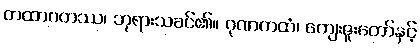
တထာဂတဿ၊ ဘုရားသခင်၏။ ဂုဏကထံ၊ ကျေးဇူးတော်နှင့်